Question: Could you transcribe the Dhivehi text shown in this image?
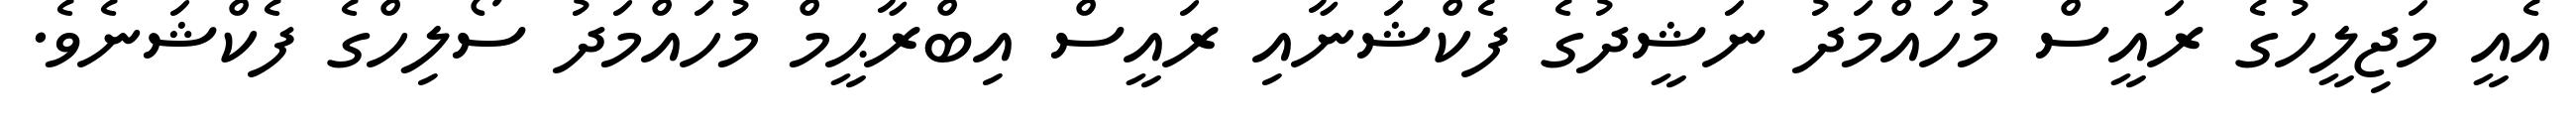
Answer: އެއީ މަޖިލީހުގެ ރައީސް މުހައްމަދު ނަޝީދުގެ ފެކްޝަނާއި ރައީސް އިބްރާޙީމް މުހައްމަދު ސޯލިހްގެ ފެކްޝަނެވެ.